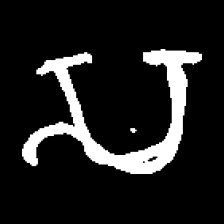
Pyu character \u2014 Myanmar letter: သ (romanized: sa)